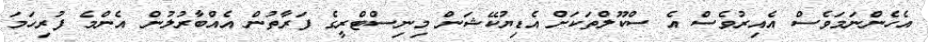
އެހެންނަމަވެސް އެއިރުވެސް އެ ސްކޫލްތަކަށް އެޑިޔުކޭޝަން މިނިސްޓްރީގެ ފަރާތުން އެއްބާރުލުން އެންމެ ފުރިހަމަ